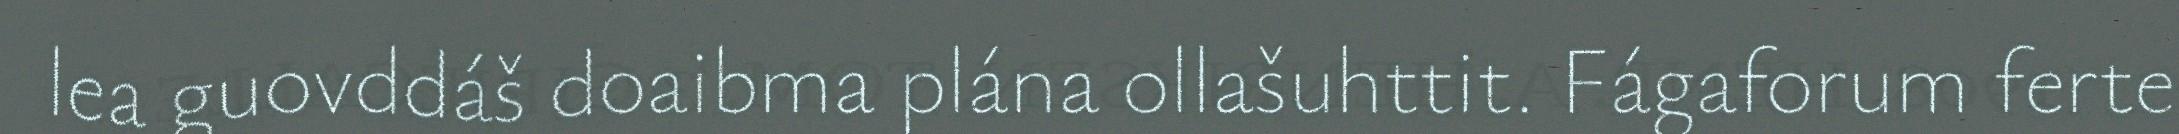
lea guovddáš doaibma plána ollašuhttit. Fágaforum ferte